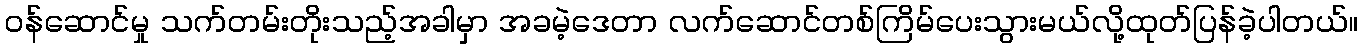
ဝန်ဆောင်မှု သက်တမ်းတိုးသည့်အခါမှာ အခမဲ့ဒေတာ လက်ဆောင်တစ်ကြိမ်ပေးသွားမယ်လို့ထုတ်ပြန်ခဲ့ပါတယ်။